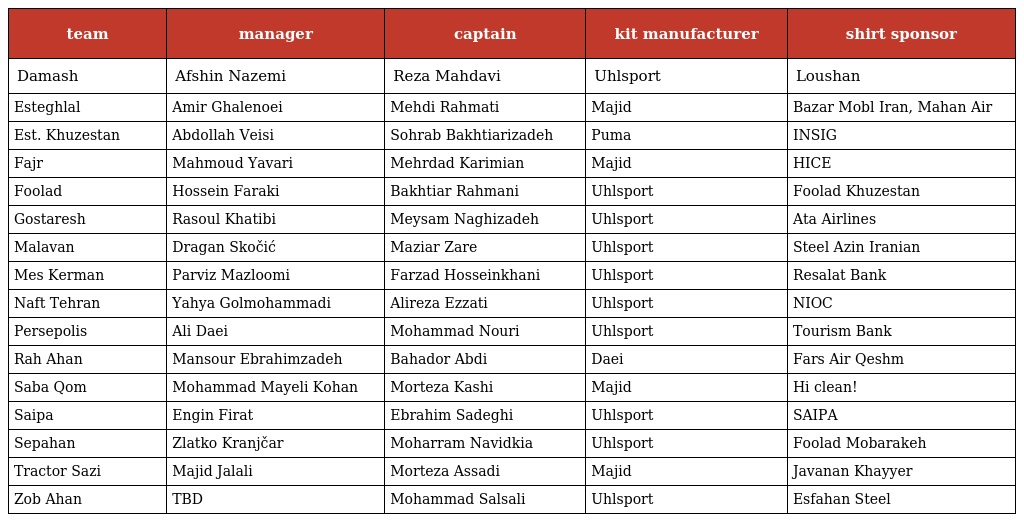
| team | manager | captain | kit manufacturer | shirt sponsor |
 | --- | --- | --- | --- | --- |
 | Damash | Afshin Nazemi | Reza Mahdavi | Uhlsport | Loushan |
 | Esteghlal | Amir Ghalenoei | Mehdi Rahmati | Majid | Bazar Mobl Iran, Mahan Air |
 | Est. Khuzestan | Abdollah Veisi | Sohrab Bakhtiarizadeh | Puma | INSIG |
 | Fajr | Mahmoud Yavari | Mehrdad Karimian | Majid | HICE |
 | Foolad | Hossein Faraki | Bakhtiar Rahmani | Uhlsport | Foolad Khuzestan |
 | Gostaresh | Rasoul Khatibi | Meysam Naghizadeh | Uhlsport | Ata Airlines |
 | Malavan | Dragan Skočić | Maziar Zare | Uhlsport | Steel Azin Iranian |
 | Mes Kerman | Parviz Mazloomi | Farzad Hosseinkhani | Uhlsport | Resalat Bank |
 | Naft Tehran | Yahya Golmohammadi | Alireza Ezzati | Uhlsport | NIOC |
 | Persepolis | Ali Daei | Mohammad Nouri | Uhlsport | Tourism Bank |
 | Rah Ahan | Mansour Ebrahimzadeh | Bahador Abdi | Daei | Fars Air Qeshm |
 | Saba Qom | Mohammad Mayeli Kohan | Morteza Kashi | Majid | Hi clean! |
 | Saipa | Engin Firat | Ebrahim Sadeghi | Uhlsport | SAIPA |
 | Sepahan | Zlatko Kranjčar | Moharram Navidkia | Uhlsport | Foolad Mobarakeh |
 | Tractor Sazi | Majid Jalali | Morteza Assadi | Majid | Javanan Khayyer |
 | Zob Ahan | TBD | Mohammad Salsali | Uhlsport | Esfahan Steel |